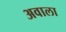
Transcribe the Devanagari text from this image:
अवाला